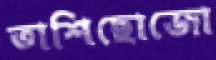
তাশিছোজো